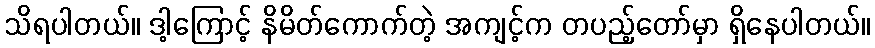
သိရပါတယ်။ ဒါ့ကြောင့် နိမိတ်ကောက်တဲ့ အကျင့်က တပည့်တော်မှာ ရှိနေပါတယ်။